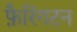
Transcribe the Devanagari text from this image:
फ़ैरिंगटन